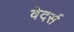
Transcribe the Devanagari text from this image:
वेदर्स